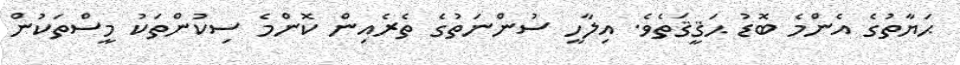
ޙަޔާތުގެ އެންމެ ބޮޑު ޙަޤީޤަތެވެ. އިލާހީ ސުންނަތުގެ ތެރެއިން ކޮންމެ ސިކުންތަކު މީސްތަކުން